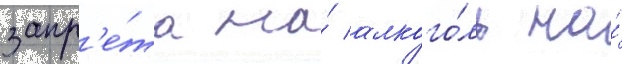
запр'е́та на́ алкого́ль на́